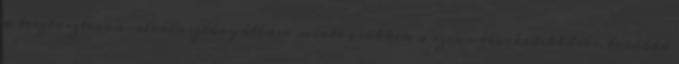
a tesztoszteron-elválasztás gátlása miatt csökken a szexuális érdeklődés, továbbá